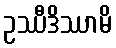
ဥဿီဒိဿာမိ